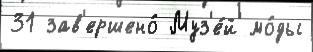
31 зав'ершено́ Муз'е́й мо́ды